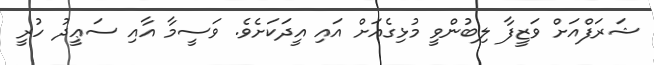
ޝަރަފްއަށް ވަޒީފާ ލިބުންވީ މުޅިގެއަށް އައި އީދަކަށެވެ. ވަސީމާ އާއި ސަޢީދު ހުރީ